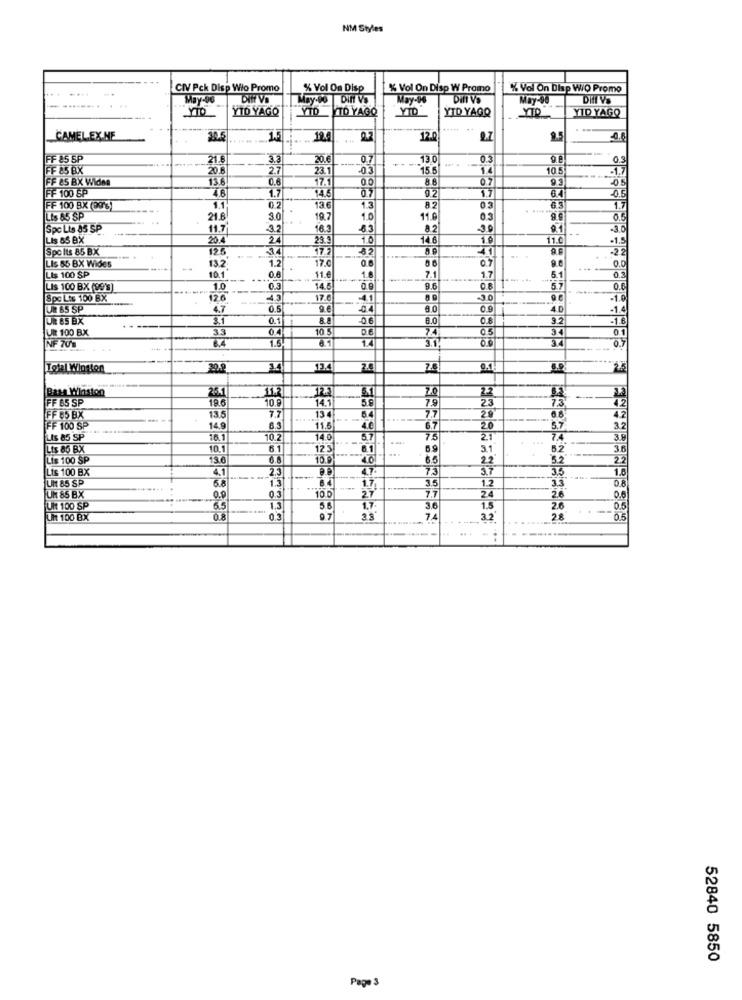
NM Styles
....
CIV Pck Disp Wio Promo
% Vol On Disp
% Vol On Disp W Promo
% Vol On Disp WO Promo
........
May-96
DITT VD
May-90 Din! Vs
May-96
Dill Va
May-90
...
YID YAGO
YTD
ITD YAGO
YTO
YTD YAGO
YID YAGO
YTO
CAMEL.EX.NE
30.6
1.5
19.4
120
2.7
9.5
FF 85 SP
21.6
3.3
20.6
0.7
13 0
0.2
FF 85 BX
20.8
2.7
15.6
14
10.5
-1.7
FF &S BX Widna
13.6
0.6
23.1
00
8 8
07
05
FF 100 SP
4.6
1.7
14.6
02
17
FF 100 BX (PO'%)
1.1
0.2
13.6
1.3
0.3
......
1.7
Lis 85 SP
21.8
..
19.7
10
11.0
0.3
Spo Lis 85 SP
11.7
32
16.3
82
Lis SS BX
20.4
24
23.5
10
11.0
-1.5
Spc Its 85 BX
125
17.2
17.0
0.7
Lis 66 BX Wides
13.2
1.2
9.0
5.1
0.3
Lis 100 SP
10.1
0.6
11.€
1.
7.1
1.7
--....
Lis 100 BX (99'9)
1.0
0.3
14.5.
0.9
9.6
5.7
Spc Lts 100 BX
12.6
43
17.6
41
-1.0
UR 65 SP
4.7
0.4
8.0
0.9
40
-1.4
UR 65 BX
3.1
0.1
8.8
06
8.0
0.8
9.2
-1.6
UIR 100 B.X
33
10 5
0.6
7.4
05
34
01
NF 70'0
1.6
8.1
3.1
14
2.5
Bass Winston
26
11.2
2.2
33
FF 65 SP
19.6
10.9
14.1
5.9
23
7.3
64
7.7
4.2
42
FF 65 BX
13.5
7.7
13 4
29
FF 100 SP
14.9
6.3
11.5
6.7
20
32
Lis 85 SP
16.1
10.
14.0
57
75
21
7.4
Lis 86 BX
10.1
61
8.1
6.9
3.1
5.2
31
Lis 100 SP
136
10.9
4.0
6.5
22
5.2
2.2
Lis 100 BX
4.1
2.3
4.7.
75
5.7
3.5
1.8
58
1.3
1.7
12
UHt 85 SP
3.5
7.7
24
0.8
UH 85 B.X
O.
0.3
10
27
26
0.6
Uit 100 SP
65
1.3
5.6
1.7
1.5
2.6
0.5
UR 100 BX
97
3.3
7,4
32
...
28
0.5
52840 5850
Page 3